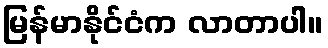
မြန်မာနိုင်ငံက လာတာပါ။